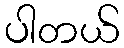
ပါတယ်